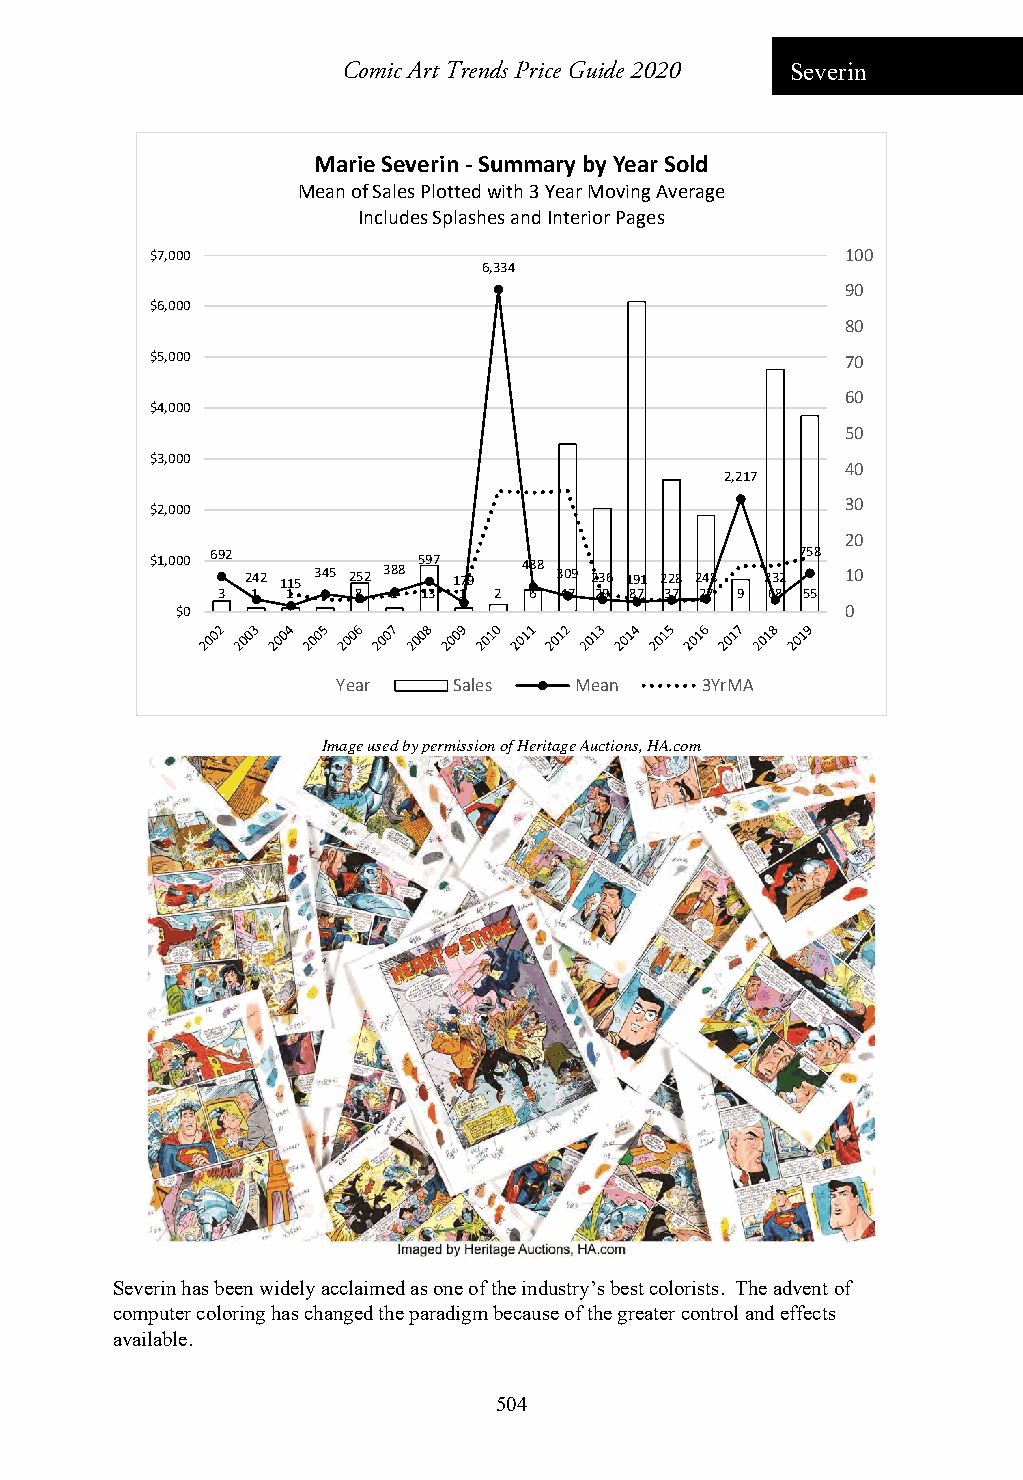
Comic Art Trends Price Guide 2020 Severin
 Marie Severin ‐Summary by Year Sold
 Mean of Sales Plotted with 3 Year Moving Average
 Includes Splashes and Interior Pages
 $7,000                                        100
 6,334
 90
 $6,000
 80
 $5,000                                        70
 60
 $4,000
 50
 $3,000
 40
 2,217
 30
 $2,000
 20
 $1,000 692 242 115 345 252 388 597 179 488 309 236 191 228 248 232 758 10
 3  1 1 1  8 1 13 1 2 6 47 29 87 37 27 9 68 55
 $0                                          0
 Year    Sales   Mean    3YrMA
 Image used by permission of Heritage Auctions, HA.com
 Severin has been widely acclaimed as one of the industry’s best colorists. The advent of
 computer coloring has changed the paradigm because of the greater control and effects
 available.
 504